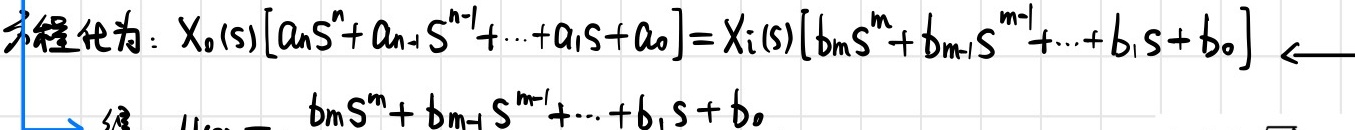
方程化为：$X_0(s)[a_n s^n + a_{n - 1} s^{n - 1} + \cdots + a_1 s + a_0] = X_i(s)[b_m s^m + b_{m - 1} s^{m - 1} + \cdots + b_1 s + b_0]$